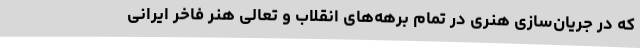
که در جریان‌سازی هنری در تمام برهه‌های انقلاب و تعالی هنر فاخر ایرانی